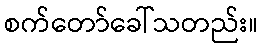
စက်တော်ခေါ်သတည်း။